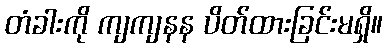
တံခါးကို ကျကျနန ပိတ်ထားခြင်းမရှိ။